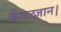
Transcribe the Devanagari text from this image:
केवलज्ञान।